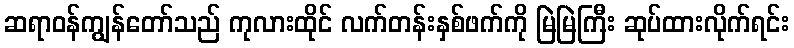
ဆရာဝန်ကျွန်တော်သည် ကုလားထိုင် လက်တန်းနှစ်ဖက်ကို မြဲမြဲကြီး ဆုပ်ထားလိုက်ရင်း